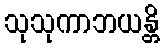
သုသုကာဘယန္တိ